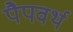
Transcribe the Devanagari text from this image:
पैपवर्थ